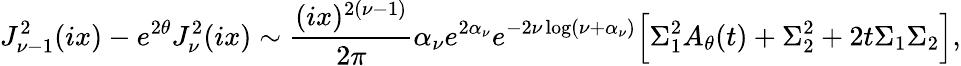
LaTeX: J_{\nu-1}^{2}(ix)-e^{2\theta}J_{\nu}^{2}(ix)\sim{\frac{(ix)^{2(\nu-1)}}{2\pi}}\alpha_{\nu}e^{2\alpha_{\nu}}e^{-2\nu\log(\nu+\alpha_{\nu})}\Bigr[\Sigma_{1}^{2}A_{\theta}(t)+\Sigma_{2}^{2}+2t\Sigma_{1}\Sigma_{2}\Bigr],